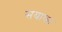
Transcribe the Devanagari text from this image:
सयाका